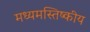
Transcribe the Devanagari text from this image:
मध्यमस्तिष्कीय